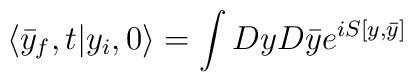
\langle \bar{y}_f, t | y_i,0 \rangle = \int Dy D \bar{y} e ^{i S[y,\bar{y}]}